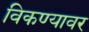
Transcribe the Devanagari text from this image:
विकण्यावर